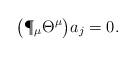
LaTeX: \begin{align*} \bigl( \P_\mu\Theta^\mu \bigr) a_j = 0 . \end{align*}